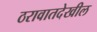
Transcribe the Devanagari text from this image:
ठरावातदेखील